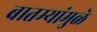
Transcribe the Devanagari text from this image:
बातम्यांमुळे